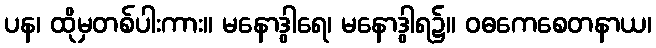
ပန၊ ထိုမှတစ်ပါးကား။ မနောဒွါရေ၊ မနောဒွါရ၌။ ဝဓကေစေတနာယ၊